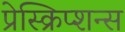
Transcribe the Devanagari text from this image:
प्रेस्क्रिप्शन्स